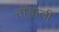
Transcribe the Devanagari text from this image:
तॉडोली